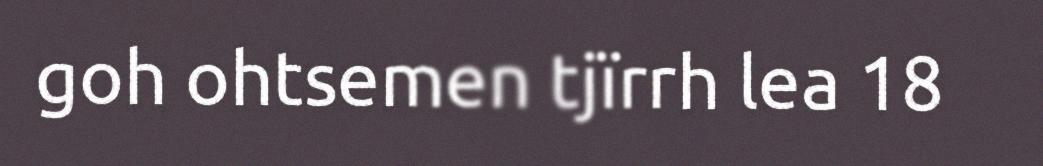
goh ohtsemen tjïrrh lea 18